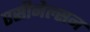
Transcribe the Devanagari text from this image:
एसीनेल्सन